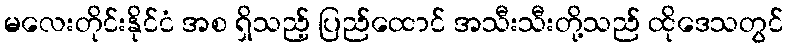
မလေးတိုင်းနိုင်ငံ အစ ရှိသည့် ပြည်ထောင် အသီးသီးတို့သည် ထိုဒေသတွင်